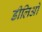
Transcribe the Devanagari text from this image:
डीलिओ